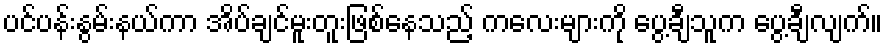
ပင်ပန်းနွမ်းနယ်ကာ အိပ်ချင်မူးတူးဖြစ်နေသည့် ကလေးများကို ပွေ့ချီသူက ပွေ့ချီလျက်။